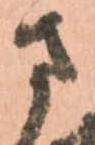
さ